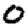
Digit: 0